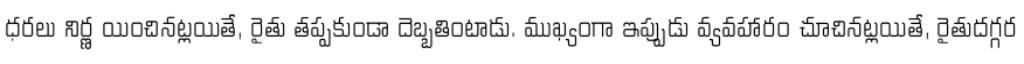
ధరలు నిర్ణ యించినట్లయితే, రైతు తప్పకుండా దెబ్బతింటాడు. ముఖ్యంగా ఇప్పుడు వ్యవహారం చూచినట్లయితే, రైతుదగ్గర